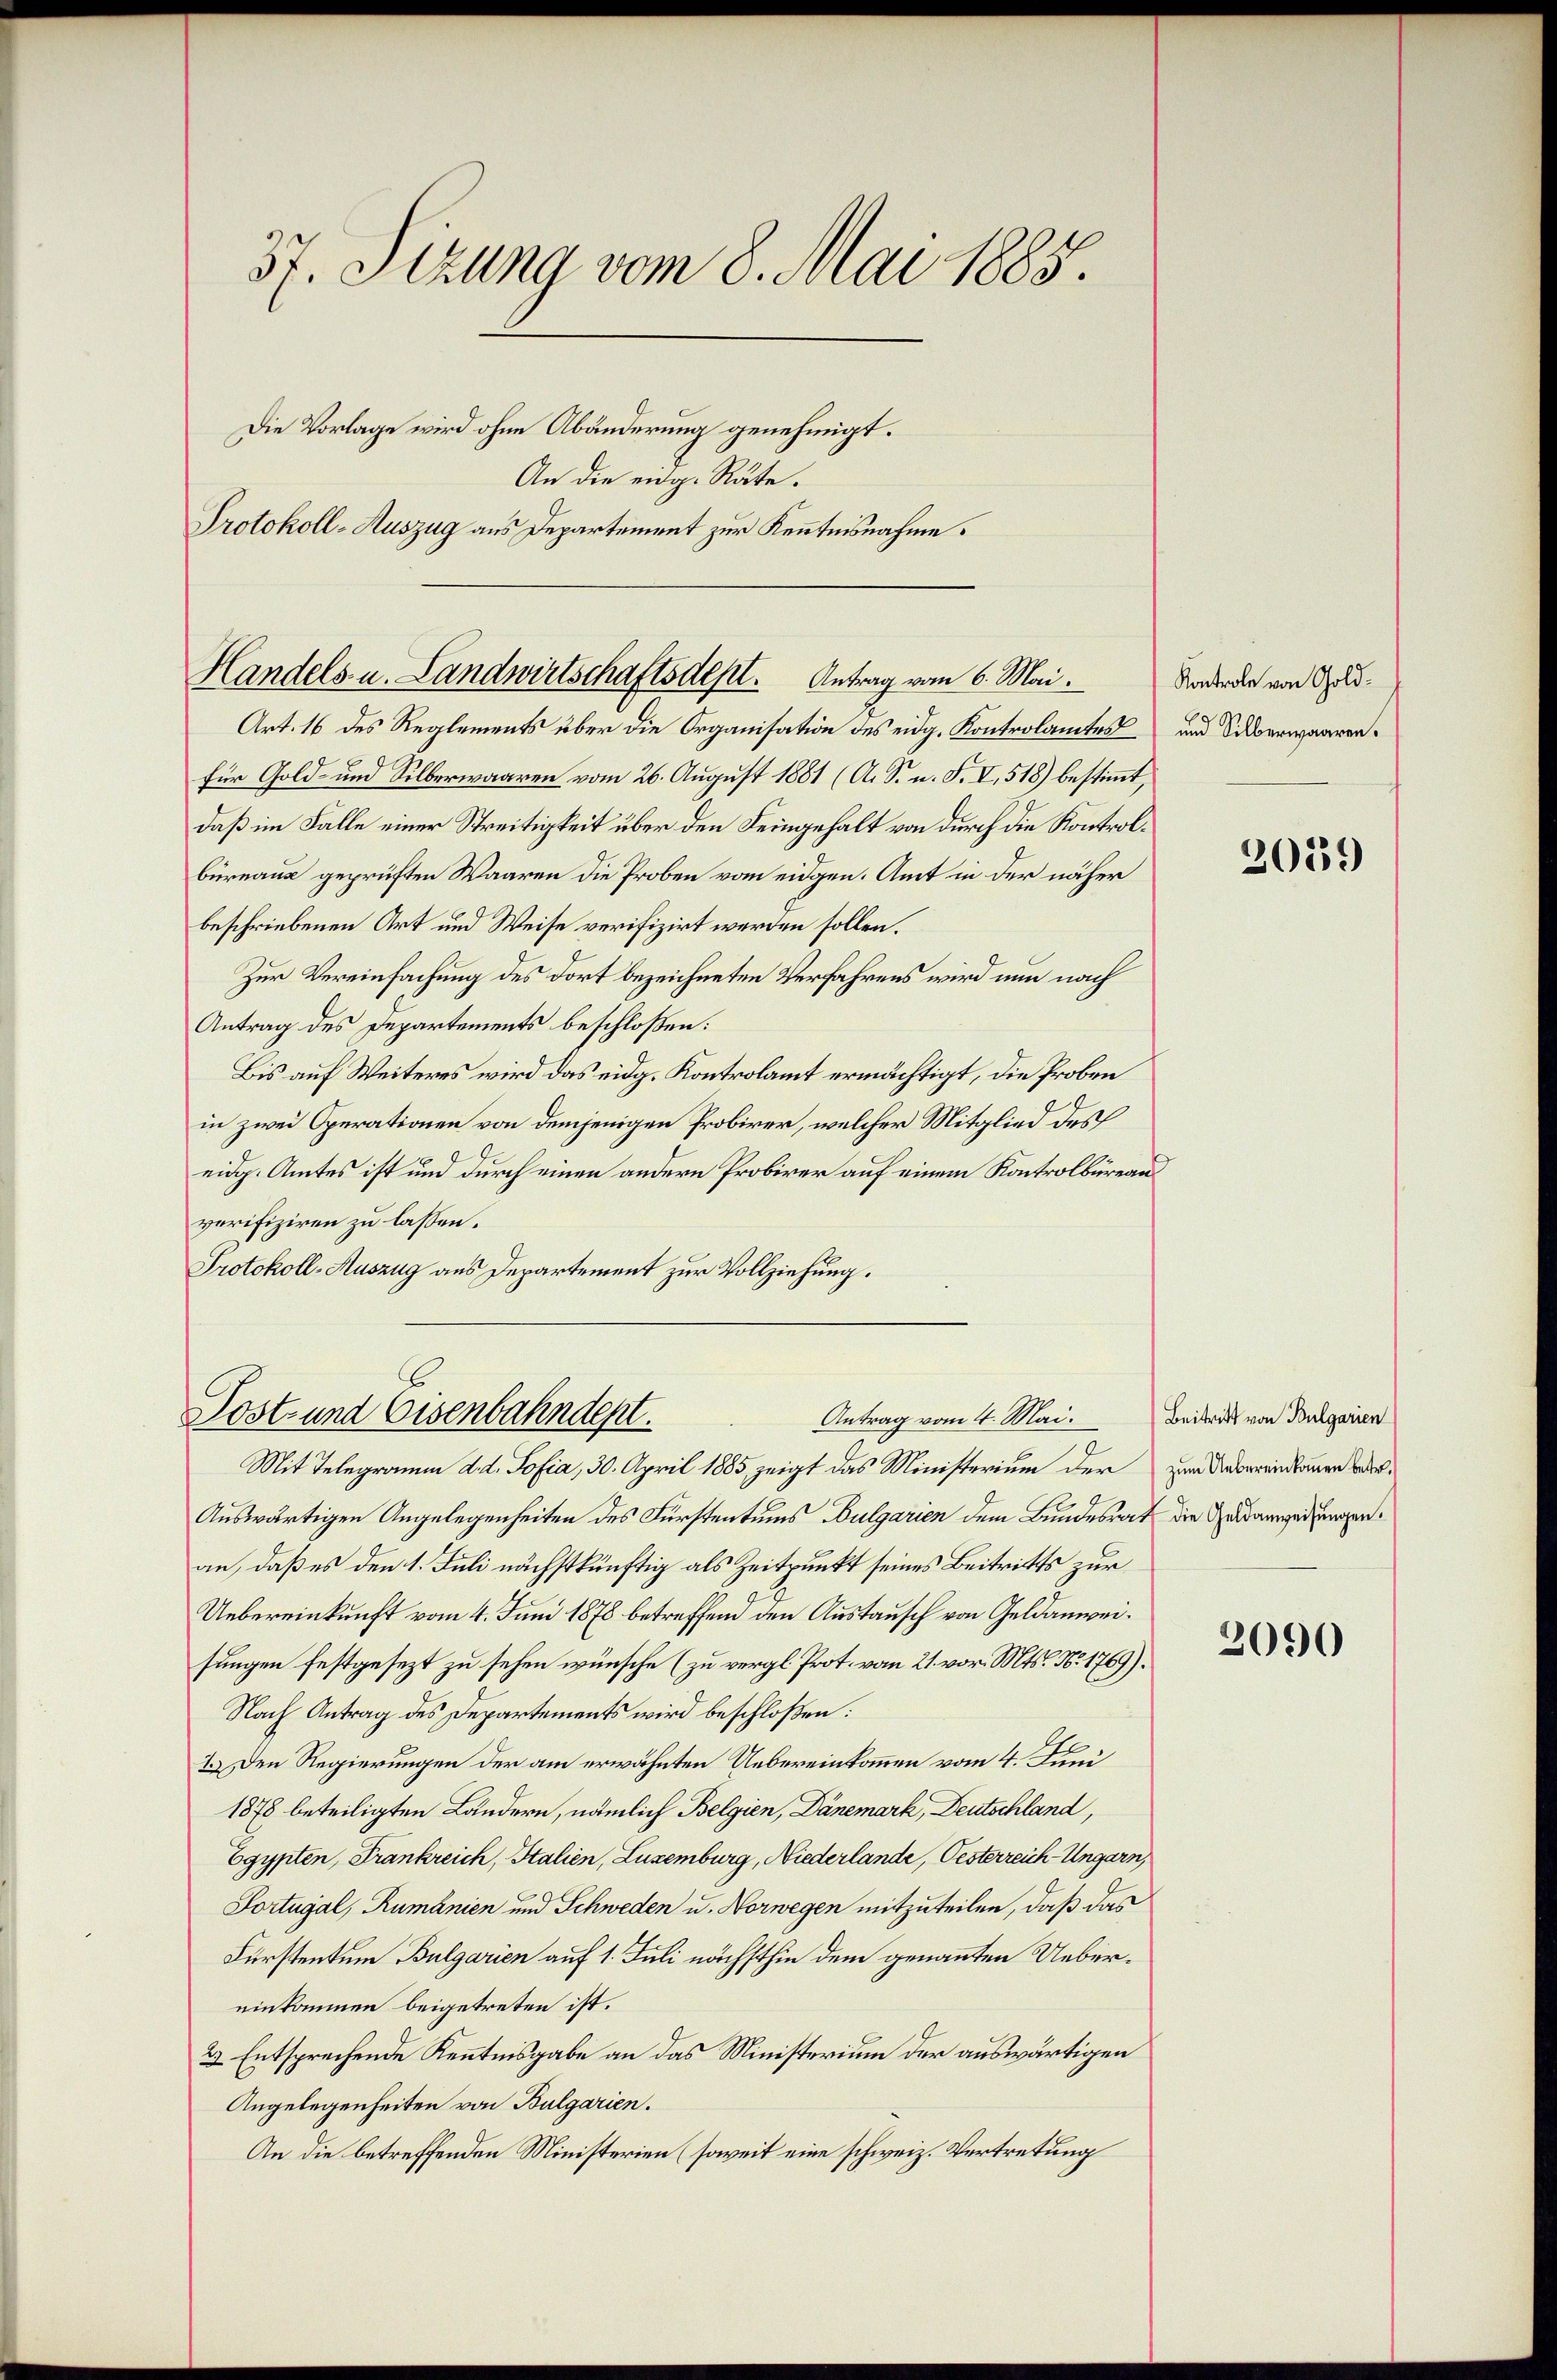
37. Sitzung vom 8. Mai 1885.
Die Vorlage wird ohne Abänderung genehmigt.
An die eidg. Räte.
Protokoll-Auszug aus Departement zur Kenntnisnahme.

Handels- u. Landwirtschaftsdept. Antrag vom 6. Mai.

Art. 16 des Reglements über die Organisation des eidg. Kontrolamtes
für Gold- und Silberwaaren vom 26. August 1881 (A. S. n. F. V, 518) bestimmt,
daß im Falle einer Streitigkeit über den Seingehalt von durch die Kontrolbüreaus geprüften Waaren die Proben vom eidgen. Amt in der näher
beschriebenen Art und Weise verifizirt werden sollen.
Zur Vereinfachung des dort bezeichneten Verfahrens wird nun nach
Antrag des Departements beschloßen:
Bis auf Weiteres wird das eidg. Kontrolamt ermächtigt, die Proben
in zwei Operationen von demjenigen Probirer, welcher Mitglied des
eidg. Amtes ist und durch einen andern Probirer auf einem Kontrolbüreau
verifiziren zu lassen.
Protokoll-Auszug aus Departement zur Vollziehung.

Post- und Eisenbahndept.
Antrag vom 4. Mai.

Mit Telegramm d. d. Sofia, 30. April 1885 zeigt das Ministerium der zur Uebereinbauen oder¬
Auswärtigen Angelegenheiten des Fürstentums Bulgarien dem Bundesrat die Geldangedrungen
an, daß es den 1. Juli nächstkünftig als Zeitpunkt seines Beitritts zur
Uebereinkunft vom 4. Juni 1878 betreffend den Austausch von Geldanweisungen festgesezt zu sehen wünsche (zu vergl. Prot. vom 21. vor. Mts. N. 1769).
Nach Antrag des Departements wird beschloßen:
1.) Den Regierungen der am erwähnten Uebereinkommen vom 4. Juni
1878 beteiligten Ländern, nämlich Belgien, Dänemark, Deutschland,
Egypten, Frankreich, Italien, Luzemburg, Niederlande, Oesterreich-Ungarn,
Portugal, Rumänien und Schweden u. Norwegen mitzuteilen, daß das
Fürstentum Bulgarien auf 1. Juli nächsthin dem genannten Uebereinkommen beigetreten ist.
2) Entsprechende Kenntnisgabe an das Ministerium der auswärtigen
Angelegenheiten von Bulgarien.
An die betreffenden Ministerien (soweit eine schweiz. Vertretung

Kontrole von Gold¬
und Silberwaaren.

2059

Beitritt von Bulgarien

2090